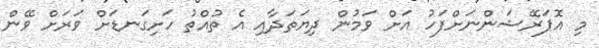
މި އޮޕަރޭޝަންނަށްފަހު އަށް ވަމުން ދިޔަތަދާއި އެ ތުއްތު ހަށިގަނޑަށް ވަރަށް ވޭން